Report on the metropolitan horse fairs and district horse shows of 1892-93 - 1892-1893
Year: 1892
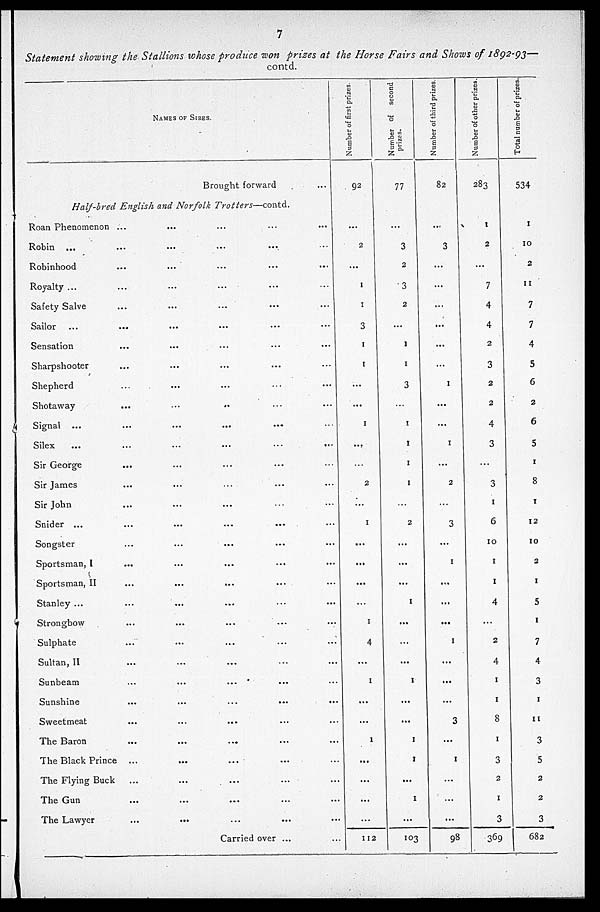
7
Statement showing the Stallions whose produce won prizes at the Horse Fairs and Shows of 1892-93—
contd.
NAMES OF SIRES.
Brought forward
Half-bred English and Norfolk
Trotters—contd.
Roan Phenomenon ... ... ... ... ...
Robin ... ... ... ...
Robinhood ... ... ... ...
Royalty ... ... ... ... ...
Safety Salve ... ... ... ...
Sailor ... ... ... ...
Sensation ... ... ... ...
Sharpshooter ... ... ... ...
Shepherd ... ... ... ...
Shotaway
... ... ... ... ...... ...
Signal ... ... ... ...
Silex
...
...
...
...
...
...
Sir George ... ... ... ...
Sir James ... ... ... ...
Sir John ... ... ... ...
Snider ... ... ... ... ...
Songster ... ... ... ...
Sportsman, I ... ... ... ...
Sportsman, II ... ... ... ...
Stanley ... ... ... ... ...
Strongbow ... ... ... ...
Sulphate ... ... ... ...
Sultan, II ... ... ... ...
Sunbeam ... ... ... ...
Sunshine ... ... ... ...
Sweetmeat ... ... ... ...
The Baron ... ... ... ...
The Black Prince ... ... ... ...
The Flying Buck ... ... ... ...
The Gun ... ... ... ...
The Lawyer ... ... ... ... ...
...
Carried over ... ...
Number
of first prizes.
92
...
2
...
1
1
3
1
1
...
...
1
...
...
2
...
1
...
...
...
...
1
4
...
1
...
...
1
...
...
...
...
112
Number
of second
prizes.
77
...
3
2
3
2
...
1
1
3
...
1
1
1
1
...
2
...
...
...
1
...
...
...
1
...
...
1
1
...
1
...
103
Number
of third prizes.
82
...
3
...
...
...
...
...
...
1
...
...
1
...
2
...
3
...
1
...
...
...
1
...
...
...
3
...
1
...
...
...
98
Number
of other prizes.
283
1
2
...
7
4
4
2
3
2
2
4
3
...
3
1
6
10
1
1
4
...
2
4
1
1
8
1
3
2
1
3
369
Total
number of prizes.
534
1
10
2
11
7
7
4
5
6
2
6
5
1
8
1
12
10
2
1
5
1
7
4
...
1
11
3
5
2
2
3
682